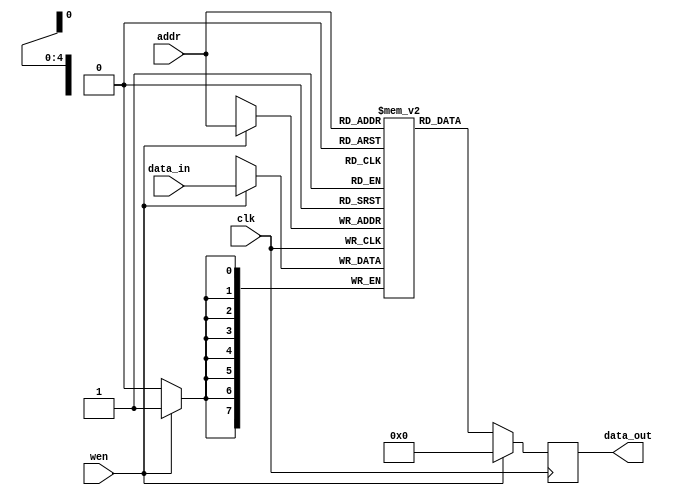
module reg_mem (addr, data_in, wen, clk, data_out);

    parameter DATA_WIDTH = 8; //8 bit wide data
    parameter ADDR_BITS = 5; //32 Addresses

    input [ADDR_BITS-1:0] addr;
    input [DATA_WIDTH-1:0] data_in;
    input wen;
    input clk;
    output [DATA_WIDTH-1:0] data_out;

    reg [DATA_WIDTH-1:0] data_out;

    //8 memory locations each storing a 4bits wide value
    reg [DATA_WIDTH-1:0] mem_array [(2**ADDR_BITS)-1:0];

    always @(posedge clk) begin

        if (wen) begin //Write
            mem_array [addr] <= data_in;
            data_out <= #(DATA_WIDTH)'b0;
        end

        else begin //Read
            data_out <= mem_array[addr];
        end
    end

endmodule